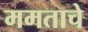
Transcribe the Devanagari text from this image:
ममताचे